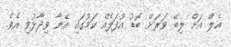
އެލް އަށް ލިބޭ ވަރަށް ބޮޑު އުފަލެއް ކަމުގައި އޭނާ ވިދާޅުވި އެވެ.